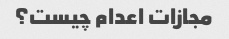
مجازات اعدام چیست؟